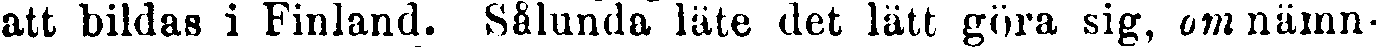
att bildas i Finland. Sålunda läte det lätt göra sig, omnämn-